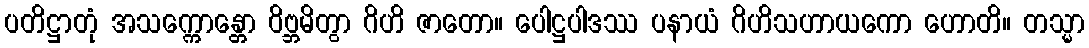
ပတိဋ္ဌာတုံ အသက္ကောန္တော ဝိဗ္ဘမိတွာ ဂိဟိ ဇာတော။ ပေါဋ္ဌပါဒဿ ပနာယံ ဂိဟိသဟာယကော ဟောတိ။ တသ္မာ